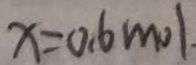
x = 0 . 6 m o l .